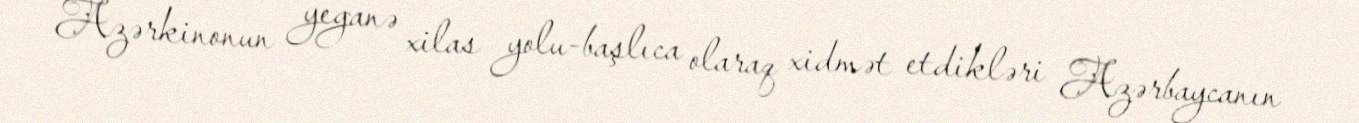
Azərkinonun yeganə xilas yolu-başlıca olaraq xidmət etdikləri Azərbaycanın